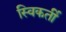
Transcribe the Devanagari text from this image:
स्विकर्ती